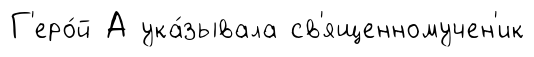
Г'еро́й А ука́зывала св'ященномучен'ик